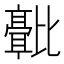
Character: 𬆻